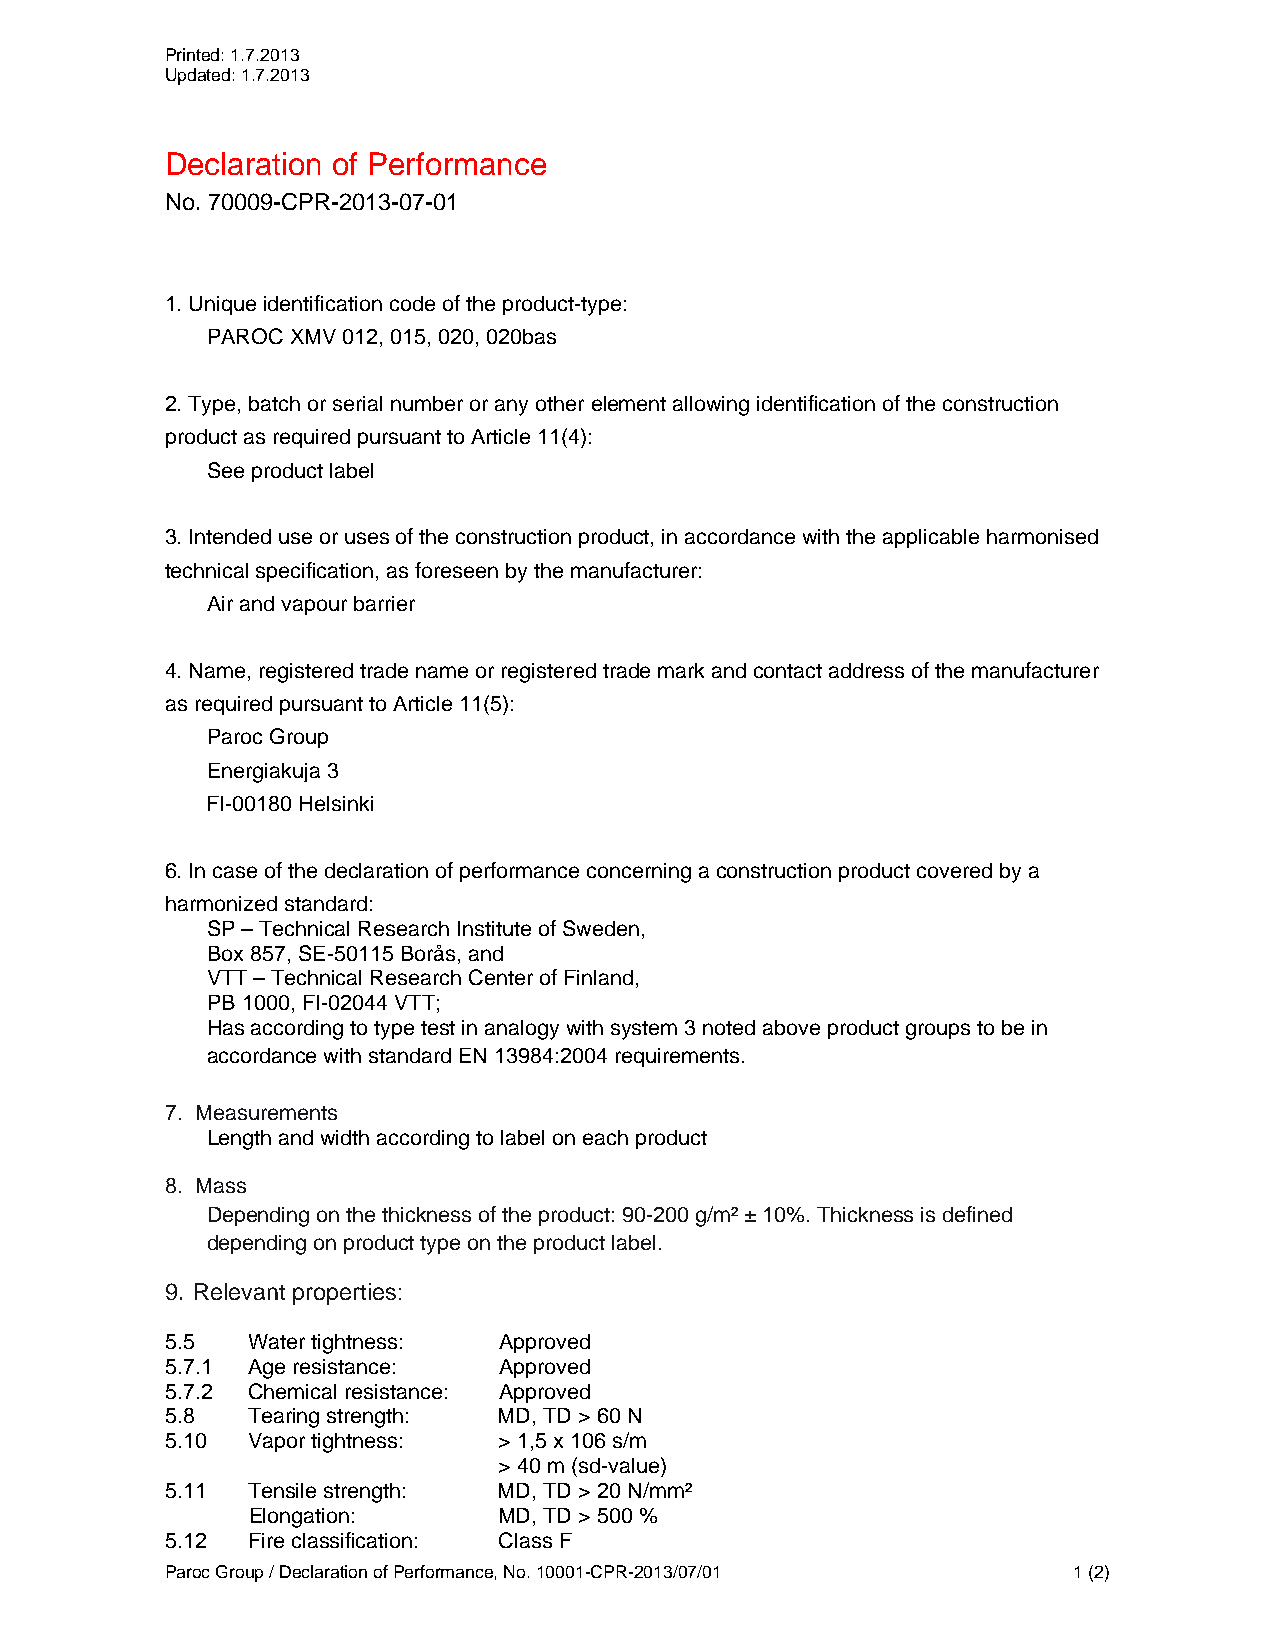
Printed: 1.7.2013
 Updated: 1.7.2013
 Declaration of Performance
 No. 70009-CPR-2013-07-01
 1. Unique identification code of the product-type:
 PAROC XMV 012, 015, 020, 020bas
 2. Type, batch or serial number or any other element allowing identification of the construction
 product as required pursuant to Article 11(4):
 See product label
 3. Intended use or uses of the construction product, in accordance with the applicable harmonised
 technical specification, as foreseen by the manufacturer:
 Air and vapour barrier
 4. Name, registered trade name or registered trade mark and contact address of the manufacturer
 as required pursuant to Article 11(5):
 Paroc Group
 Energiakuja 3
 FI-00180 Helsinki
 6. In case of the declaration of performance concerning a construction product covered by a
 harmonized standard:
 SP – Technical Research Institute of Sweden,
 Box 857, SE-50115 Borås, and
 VTT – Technical Research Center of Finland,
 PB 1000, FI-02044 VTT;
 Has according to type test in analogy with system 3 noted above product groups to be in
 accordance with standard EN 13984:2004 requirements.
 7. Measurements
 Length and width according to label on each product
 8. Mass
 Depending on the thickness of the product: 90-200 g/m² ± 10%. Thickness is defined
 depending on product type on the product label.
 9. Relevant properties:
 5.5  Water tightness: Approved
 5.7.1 Age resistance: Approved
 5.7.2 Chemical resistance: Approved
 5.8  Tearing strength: MD, TD > 60 N
 5.10 Vapor tightness: > 1,5 x 106 s/m
 > 40 m (sd-value)
 5.11 Tensile strength: MD, TD > 20 N/mm²
 Elongation:      MD, TD > 500 %
 5.12 Fire classification: Class F
 Paroc Group / Declaration of Performance, No. 10001-CPR-2013/07/01 1 (2)